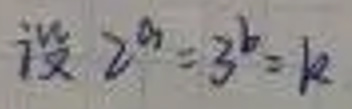
设 \(2^{a}=3^{b}=k\)